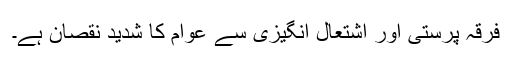
فرقہ پرستی اور اشتعال انگیزی سے عوام کا شدید نقصان ہے۔